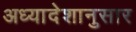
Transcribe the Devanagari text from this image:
अध्यादेशानुसार